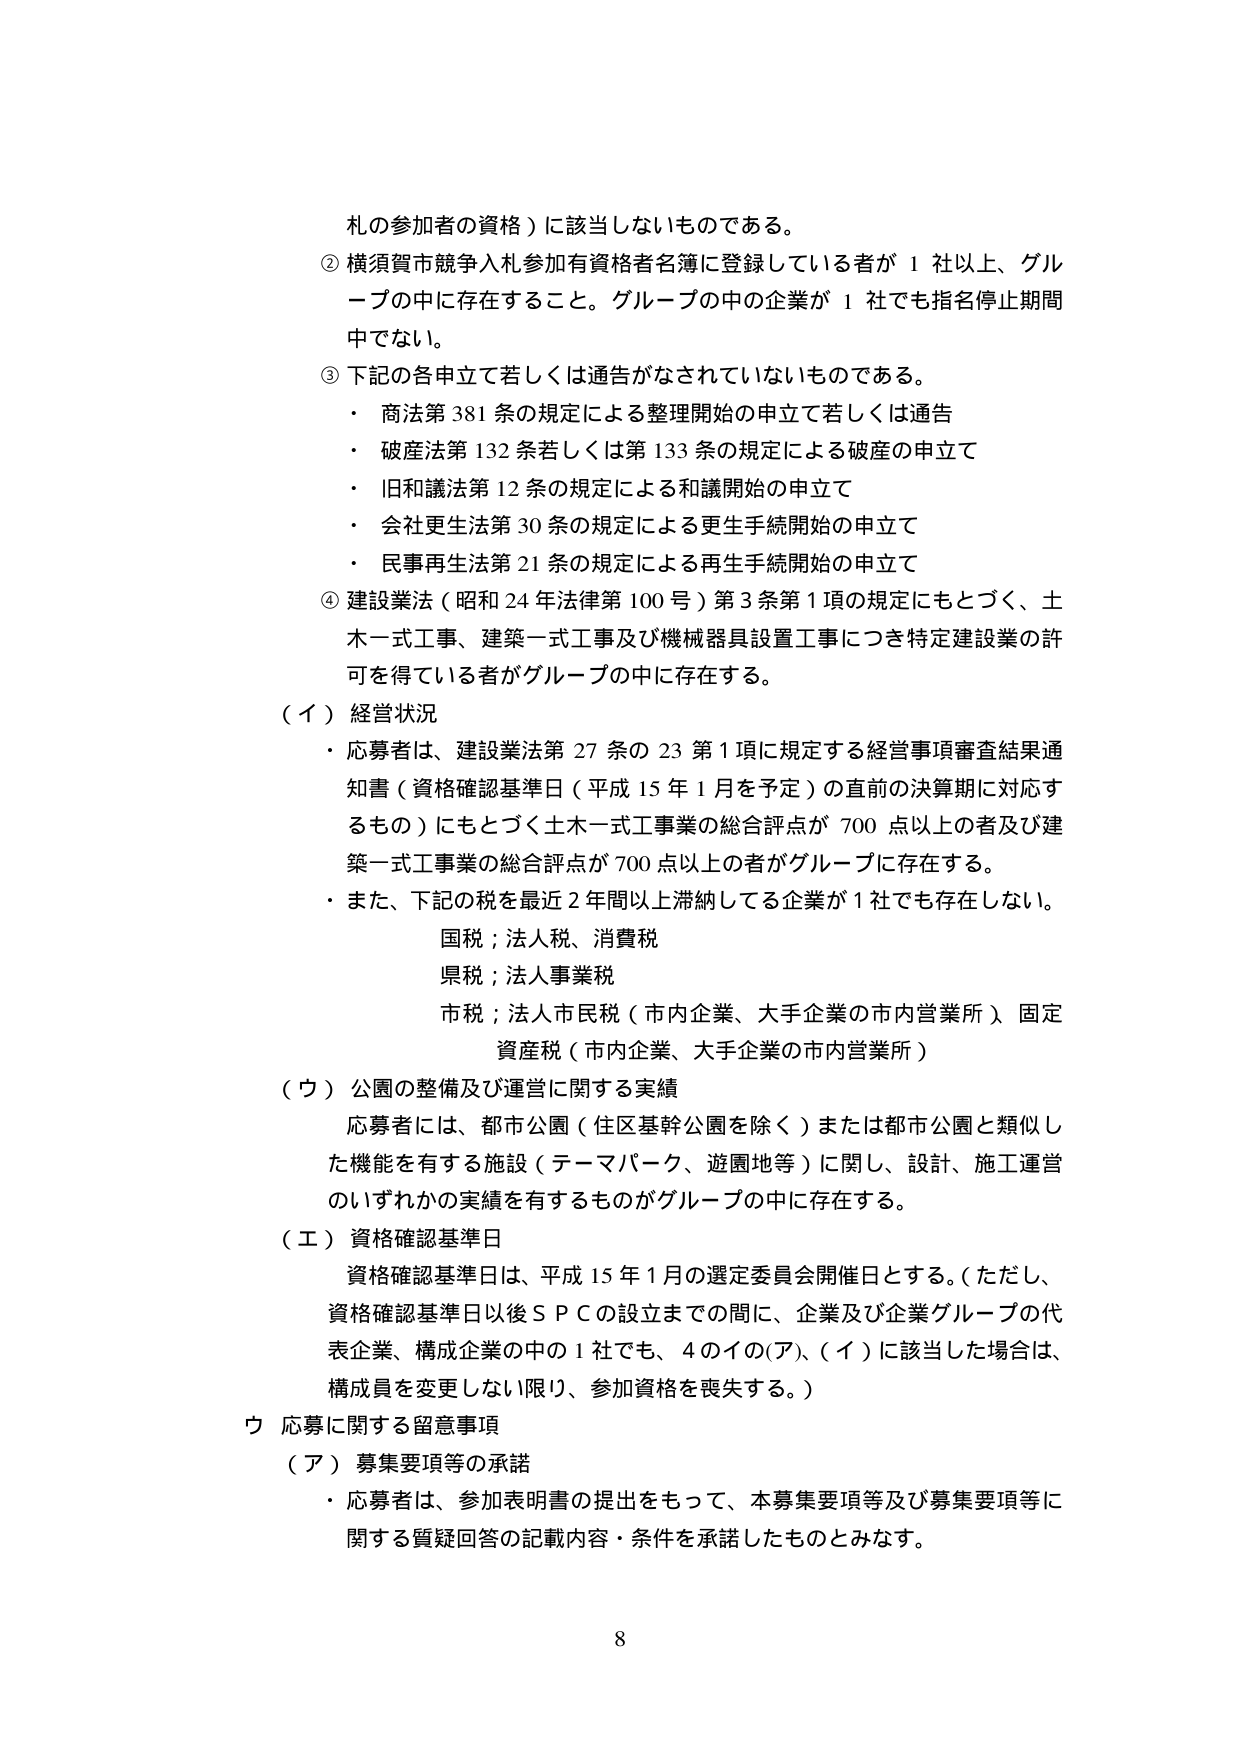
札の参加者の資格）に該当しないものである。
② 横須賀市競争入札参加有資格者名簿に登録している者が１社以上、グループの中に存在すること。グループの中の企業が１社でも指名停止期間中でない。
③ 下記の各申立て若しくは通告がなされていないものである。
・ 商法第381条の規定による整理開始の申立て若しくは通告
・ 破産法第132条若しくは第133条の規定による破産の申立て
・ 旧和議法第12条の規定による和議開始の申立て
・ 会社更生法第30条の規定による更生手続開始の申立て
・ 民事再生法第21条の規定による再生手続開始の申立て
④ 建設業法（昭和24年法律第100号）第3条第1項の規定にもとづく、土木一式工事、建築一式工事及び機械器具設置工事につき特定建設業の許可を得ている者がグループの中に存在する。
（イ）経営状況
・ 応募者は、建設業法第27条の23第1項に規定する経営事項審査結果通知書（資格確認基準日（平成15年1月を予定）の直前の決算期に対応するもの）にもとづく土木一式工事業の総合評点が700点以上の者及び建築一式工事業の総合評点が700点以上の者がグループに存在する。
・ また、下記の税を最近2年間以上滞納している企業が1社でも存在しない。
　　国税；法人税、消費税
　　県税；法人事業税
　　市税；法人市民税（市内企業、大手企業の市内営業所）、固定資産税（市内企業、大手企業の市内営業所）
（ウ）公園の整備及び運営に関する実績
　　応募者には、都市公園（住区基幹公園を除く）または都市公園と類似した機能を有する施設（テーマパーク、遊園地等）に関し、設計、施工運営のいずれかの実績を有するものがグループの中に存在する。
（エ）資格確認基準日
　　資格確認基準日は、平成15年1月の選定委員会開催日とする。（ただし、資格確認基準日以後ＳＰＣの設立までの間に、企業及び企業グループの代表企業、構成企業の中の1社でも、4のイの(ア)、(イ)に該当した場合は、構成員を変更しない限り、参加資格を喪失する。）
ウ 応募に関する留意事項
（ア）募集要項等の承諾
・ 応募者は、参加表明書の提出をもって、本募集要項等及び募集要項等に関する質疑回答の記載内容・条件を承諾したものとみなす。
8